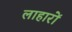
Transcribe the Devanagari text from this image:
लाहारों